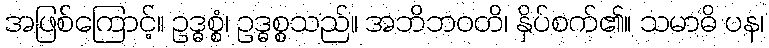
အဖြစ်ကြောင့်။ ဥဒ္ဓစ္စံ၊ ဥဒ္ဓစ္စသည်။ အဘိဘဝတိ၊ နှိပ်စက်၏။ သမာဓိ ပန၊